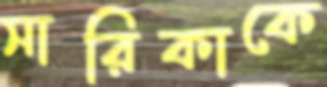
সারিকাকে